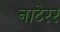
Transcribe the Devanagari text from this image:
नाटेरर